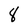
Character: 8